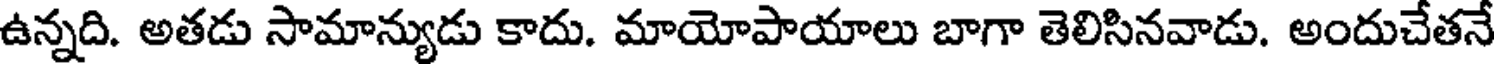
ఉన్నది. అతడు సామాన్యుడు కాదు. మాయోపాయాలు బాగా తెలిసినవాడు. అందుచేతనే